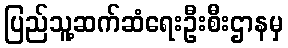
ပြည်သူ့ဆက်ဆံရေးဦးစီးဌာနမှ